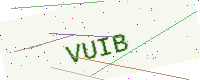
Text: VUIB